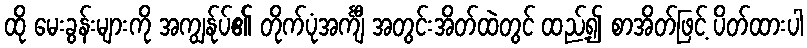
ထို မေးခွန်းများကို အကျွန်ုပ်၏ တိုက်ပုံအင်္ကျီ အတွင်းအိတ်ထဲတွင် ထည့်၍ စာအိတ်ဖြင့် ပိတ်ထားပါ